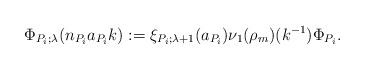
LaTeX: \begin{align*}\Phi_{P_i;\lambda}(n_{P_i}a_{P_i}k):=\xi_{P_i;\lambda+1}(a_{P_i})\nu_1(\rho_m)(k^{-1})\Phi_{P_i}.\end{align*}